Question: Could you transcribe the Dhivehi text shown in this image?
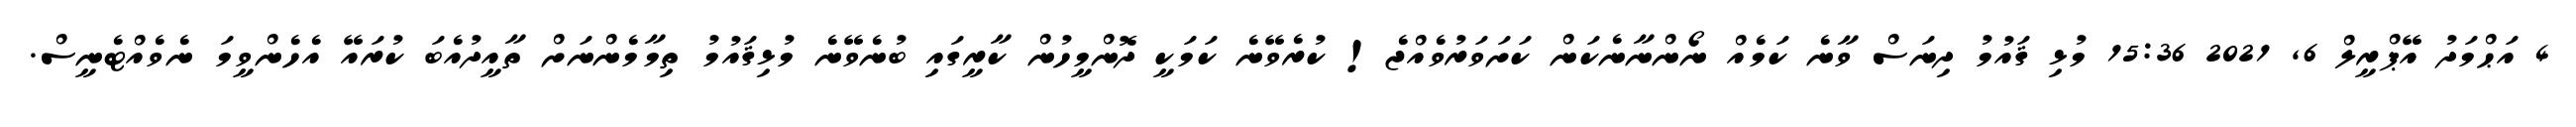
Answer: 4 އަޙްމަދު އޭޕްރީލް 6, 2021 15:36 މުޅި ޤައުމު ދިނަސް ވާނެ ކަމެއް ނޯންނާނެކަން ކަށަވަރުވެއްޖެ! ކުރެވޭނެ ކަމަކީ ދޮންމީހުން ކާރީގައި ބުނެވޭނެ މުޅިޤައުމު ތިމާމެންނަށް ތާއީދުއެބަ ކުރައޭ އެހެންވީމަ ނެވެއްޓެނީސް.